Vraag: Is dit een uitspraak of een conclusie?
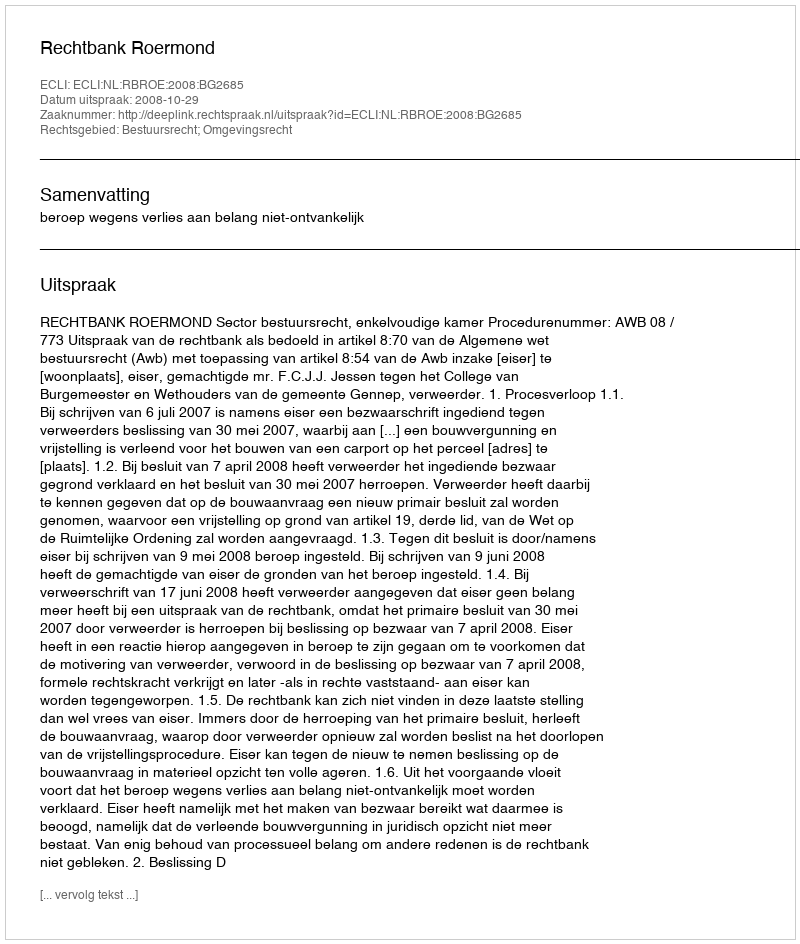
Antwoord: Uitspraak